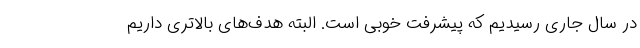
در سال جاری رسیدیم که پیشرفت خوبی است. البته هدف‌های بالاتری داریم